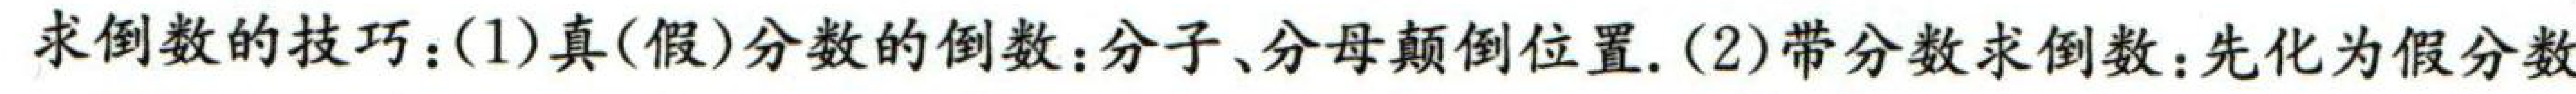
求倒数的技巧：(1)真(假)分数的倒数：分子、分母颠倒位置.(2)带分数求倒数：先化为假分数